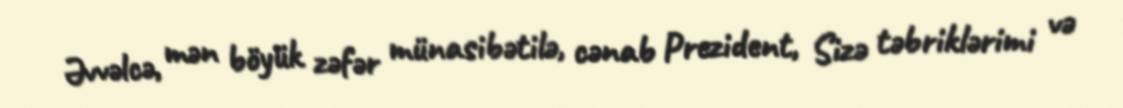
Əvvəlcə, mən böyük zəfər münasibətilə, cənab Prezident, Sizə təbriklərimi və